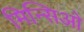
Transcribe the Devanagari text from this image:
मिन्सिओ